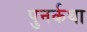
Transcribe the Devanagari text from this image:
पुनर्कथा